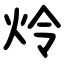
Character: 炩